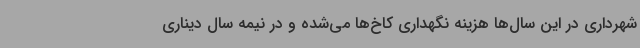
شهرداری در این سال‌ها هزینه نگهداری کاخ‌ها می‌شده و در نیمه سال دیناری